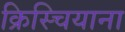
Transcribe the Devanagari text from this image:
क्रिस्चियाना